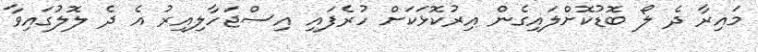
މައިރާ ދެ ލޯ ބޮޑުކޮށްލައިގެން އިރުކޮޅަކަށް ހުރެފައި އިސްޖަހާލިއިރު އެ ދެ ލޮލުގައިވާ